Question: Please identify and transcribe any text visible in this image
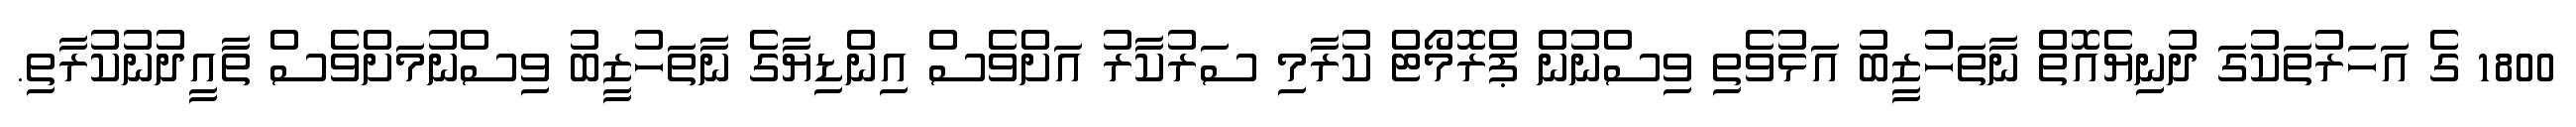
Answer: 1800 ގެ އަހަރުތަކުގަ ދުނިޔެއޮތް ނާތަހުޒީބު އަޅުވެތި ވިސްނުން ޕްރޮމޯޓް ކުރާމި ސަރުކާރު އަށްވެސް އިންޑިޔާގެ ނާތަހުޒީބު ވިސްނުމަށްވެސް ތާއީދުނުކުރާތި.